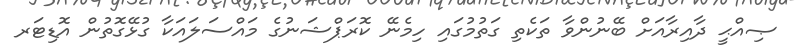
ޞިއްޙީ ދާއިރާއަށް ބޭނުންވާ ތަކެތި ގަތުމުގައި ހިމެނޭ ކޮރަޕްޝަނުގެ މައްސަލައަކާ ގުޅޭގޮތުން އޮޑިޓަރ